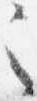
之